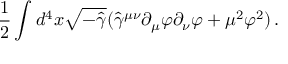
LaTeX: { \frac { 1 } { 2 } } \int d ^ { 4 } x \sqrt { - \hat { \gamma } } ( \hat { \gamma } ^ { \mu \nu } \partial _ { \mu } \varphi \partial _ { \nu } \varphi + \mu ^ { 2 } \varphi ^ { 2 } ) \, .